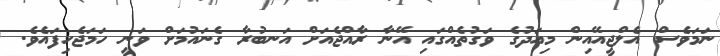
ނަމަވެސް އެލްޖީއޭއިން މިއަދުގެ ވަގުތެއްގައި އޭނާ ރާއްޖެއަށް އަނބުރާ ގެނައުމަށް ވަނީ ހަމަޖެހިފައެވެ.